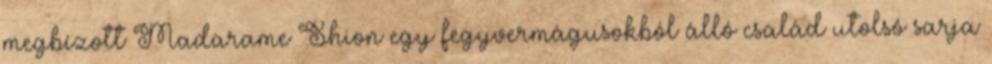
megbízott Madarame Shion egy fegyvermágusokból álló család utolsó sarja